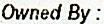
OWNED BY :